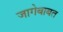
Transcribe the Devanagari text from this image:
जागेबाबत